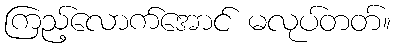
ကြည့်လောက်အောင် မလုပ်တတ်။